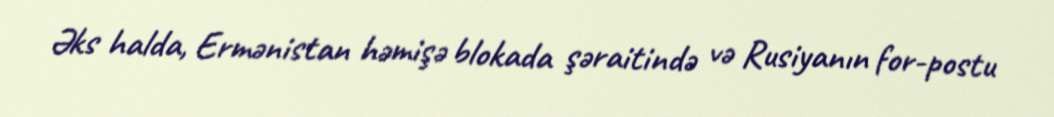
Əks halda, Ermənistan həmişə blokada şəraitində və Rusiyanın for-postu